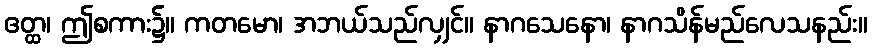
ဧတ္ထ၊ ဤစကား၌။ ကတမော၊ အဘယ်သည်လျှင်။ နာဂသေနော၊ နာဂသိန်မည်လေသနည်း။